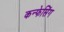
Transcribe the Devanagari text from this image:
कन्फेसिंग